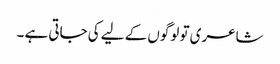
شاعری تو لوگوں کے لیے کی جاتی ہے ۔